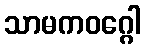
သာမကဝဂ္ဂေါ